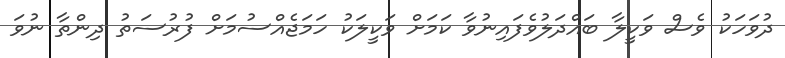
ދުވަހަކު ވެސް ވަކީލާ ބައްދަލުވެފައިނުވާ ކަމަށް ވަކީލަކު ހަމަޖެއްސުމަށް ފުރުސަތު ދިންތާ ނުވަ